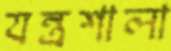
যন্ত্রশালা